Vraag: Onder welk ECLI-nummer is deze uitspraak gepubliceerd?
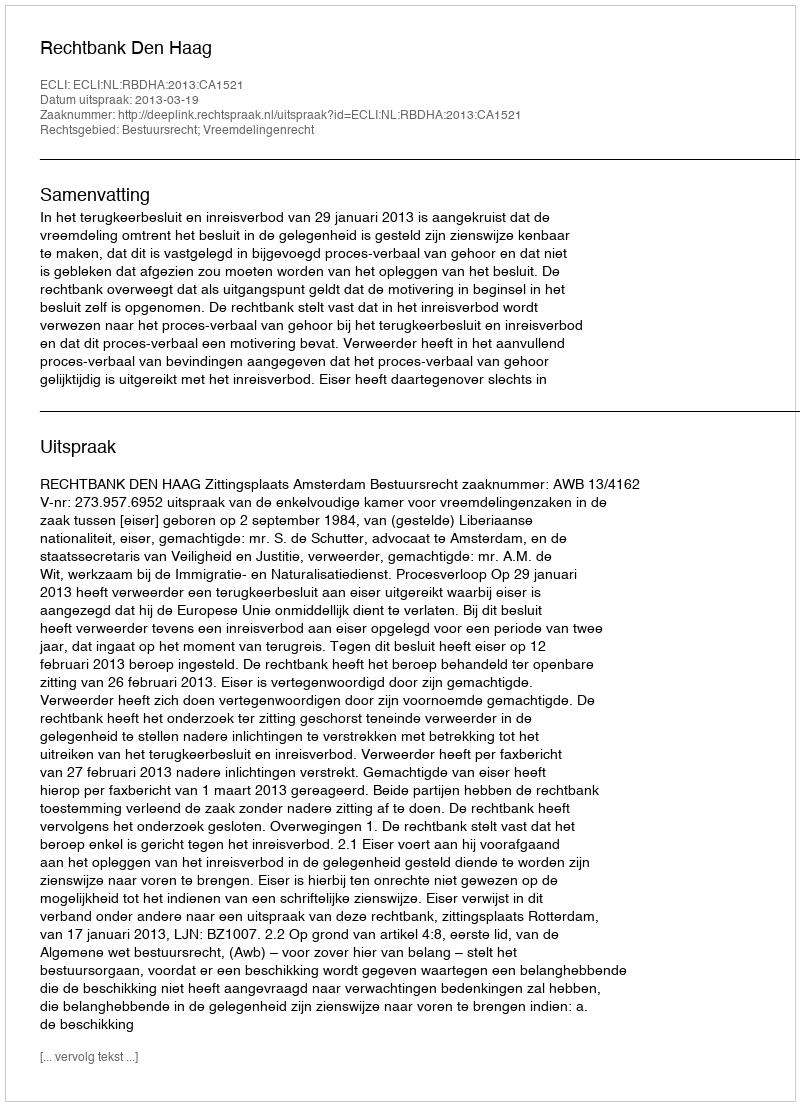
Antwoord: ECLI:NL:RBDHA:2013:CA1521